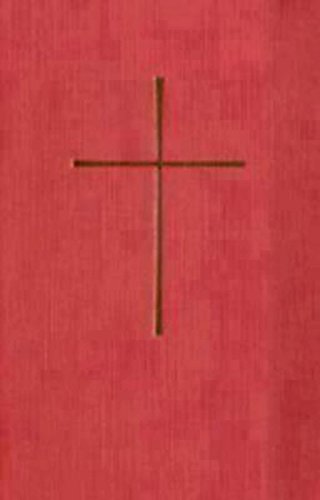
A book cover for Selections from the Book of Common Prayer French-English: Red Hardcover (Selected Liturgies / Liturgies Selectionnees); Church Publishing; Christian Books & Bibles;